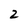
Character: 2